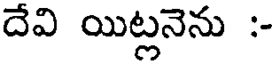
దేవి యిట్లనెను :-